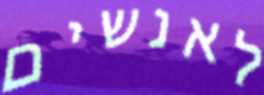
לאנשים